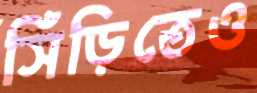
সিঁড়িতেও